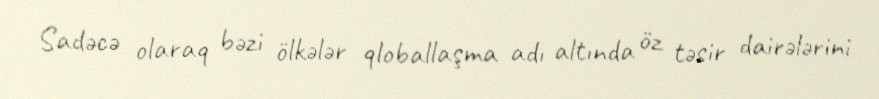
Sadəcə olaraq bəzi ölkələr qloballaşma adı altında öz təsir dairələrini